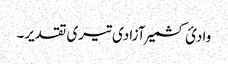
وادئ کشمیر آزادی تیری تقدیر۔